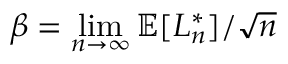
\beta = \operatorname* { l i m } _ { n \to \infty } \mathbb { E } [ L _ { n } ^ { * } ] / { \sqrt { n } }